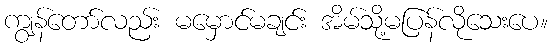
ကျွန်တော်လည်း မမှောင်မချင်း အိမ်သို့မပြန်လိုသေးပေ။